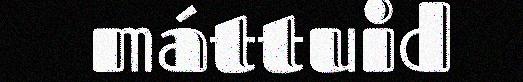
máttuid